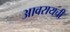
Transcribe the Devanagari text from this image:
आवरायची